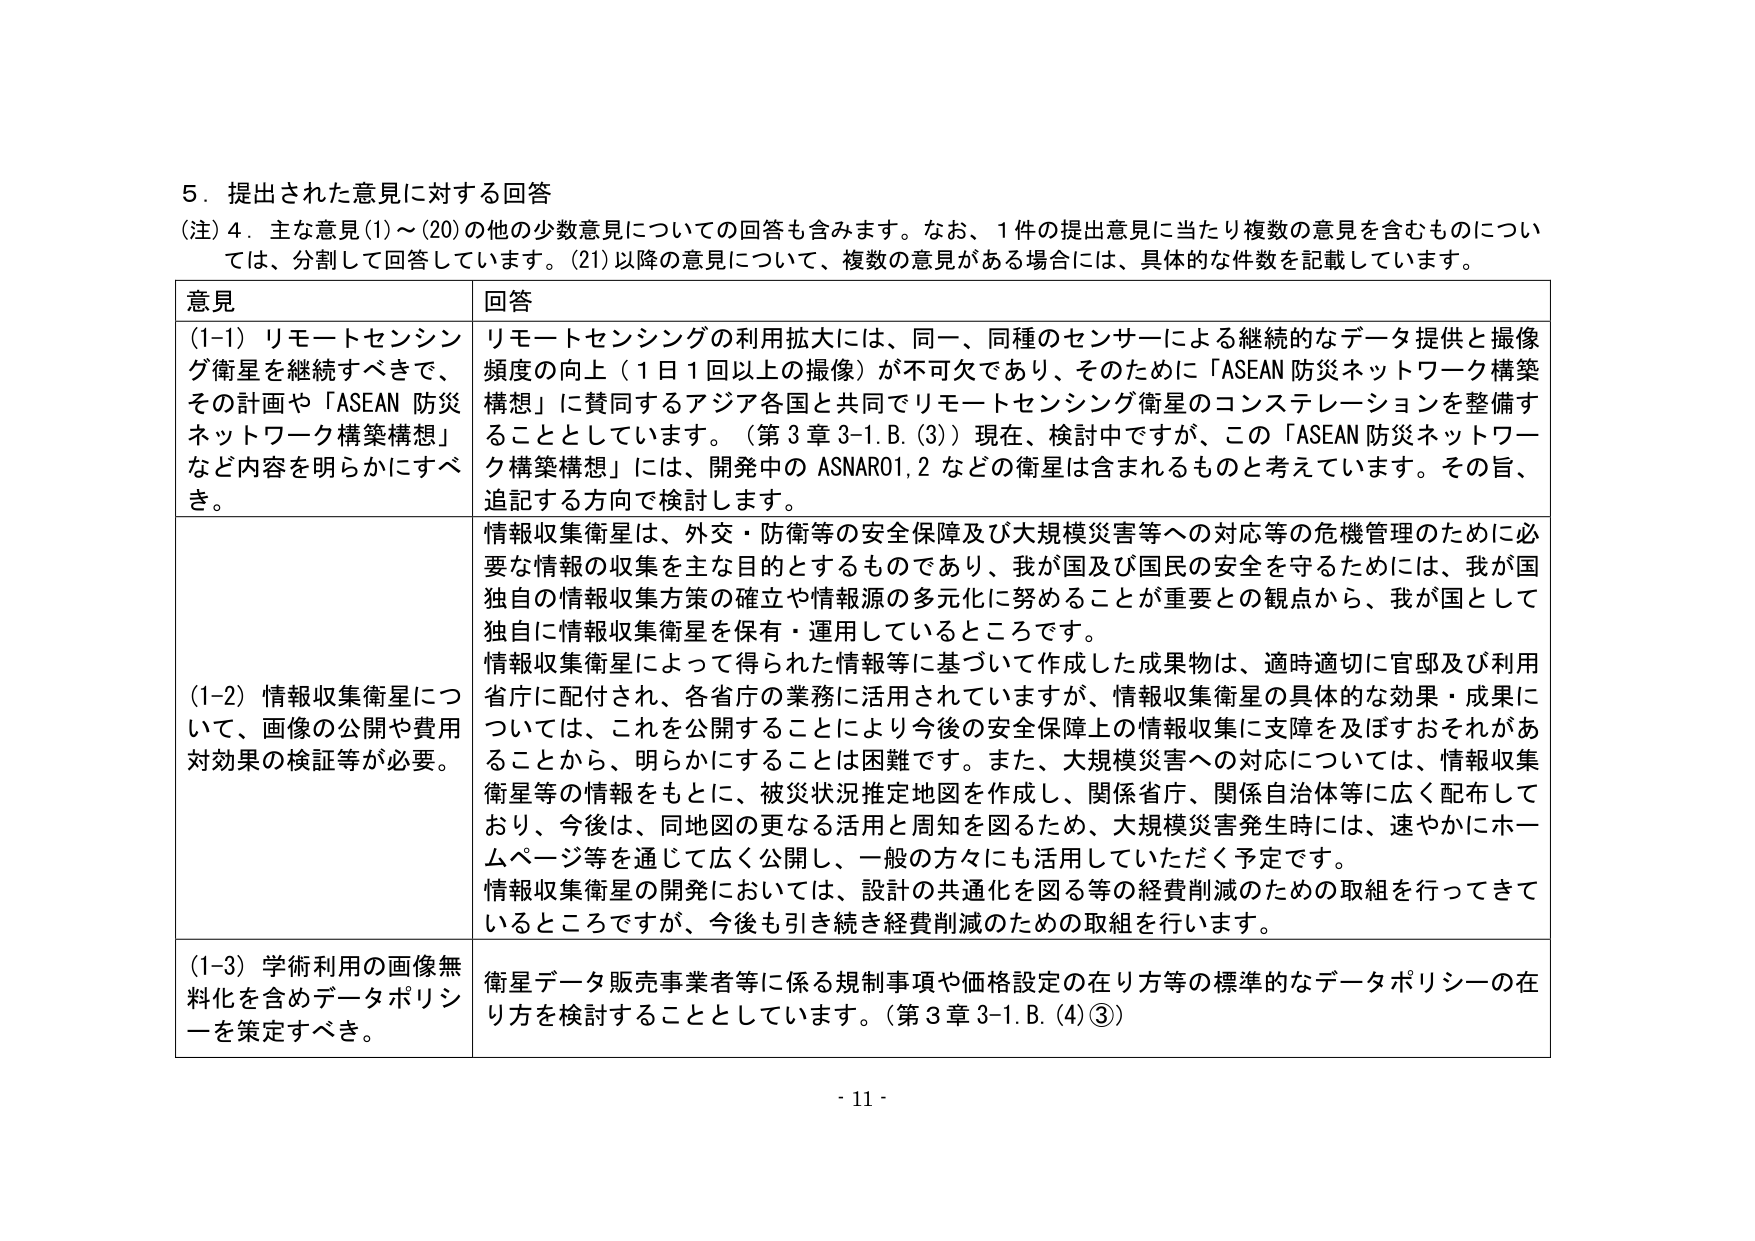
5．提出された意見に対する回答
（注）4．主な意見（1）～（20）の他の少数意見についての回答も含みます。なお、1件の提出意見に当たり複数の意見を含むものについては、分割して回答しています。（21）以降の意見について、複数の意見がある場合には、具体的な件数を記載しています。

意見 回答
（1-1）リモートセンシング衛星を継続すべきで、その計画や「ASEAN 防災ネットワーク構築構想」など内容を明らかにすべき。
リモートセンシングの利用拡大には、同一、同種のセンサーによる継続的なデータ提供と撮像頻度の向上（1日1回以上の撮像）が不可欠であり、そのためには「ASEAN 防災ネットワーク構築構想」に賛同するアジア各国と共同でリモートセンシング衛星のコンステレーションを整備することとしています。（第3章3-1.B.（3））現在、検討中ですが、この「ASEAN 防災ネットワーク構築構想」には、開発中のASNARO1,2などの衛星は含まれるものと考えています。その旨、追記する方向で検討します。

（1-2）情報収集衛星について、画像の公開や費用対効果の検証等が必要。
情報収集衛星は、外交・防衛等の安全保障及び大規模災害等への対応等の危機管理のために必要な情報の収集を主な目的とするものであり、我が国及び国民の安全を守るためには、我が国独自の情報収集方策の確立や情報源の多元化に努めることが重要との観点から、我が国として独自に情報収集衛星を保有・運用しているところです。
情報収集衛星によって得られた情報等に基づいて作成した成果物は、適時適切に官邸及び利用省庁に配付され、各省庁の業務に活用されていますが、情報収集衛星の具体的な効果・成果については、これを公開することにより今後の安全保障上の情報収集に支障を及ぼすおそれがあることから、明らかにすることは困難です。また、大規模災害への対応については、情報収集衛星等の情報をもとに、被災状況推定地図を作成し、関係省庁、関係自治体等に広く配布しており、今後は、同地図の更なる活用と周知を図るため、大規模災害発生時には、速やかにホームページ等を通じて広く公開し、一般の方々にも活用していただく予定です。
情報収集衛星の開発においては、設計の共通化を図る等の経費削減のための取組を行ってきているところですが、今後も引き続き経費削減のための取組を行います。

（1-3）学術利用の画像無料化を含めデータポリシーを策定すべき。
衛星データ販売事業者等に係る規制事項や価格設定の在り方等の標準的なデータポリシーの在り方を検討することとしています。（第3章3-1.B.（4）③）

- 11 -